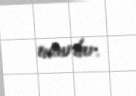
tuturlar.